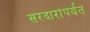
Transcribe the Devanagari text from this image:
सरदारांपर्यंत